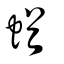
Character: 蝤